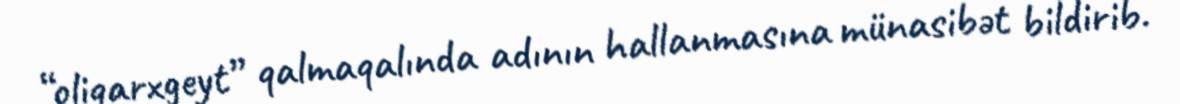
“oliqarxgeyt” qalmaqalında adının hallanmasına münasibət bildirib.